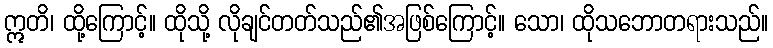
ဣတိ၊ ထို့ကြောင့်။ ထိုသို့ လိုချင်တတ်သည်၏အဖြစ်ကြောင့်။ သော၊ ထိုသဘောတရားသည်။